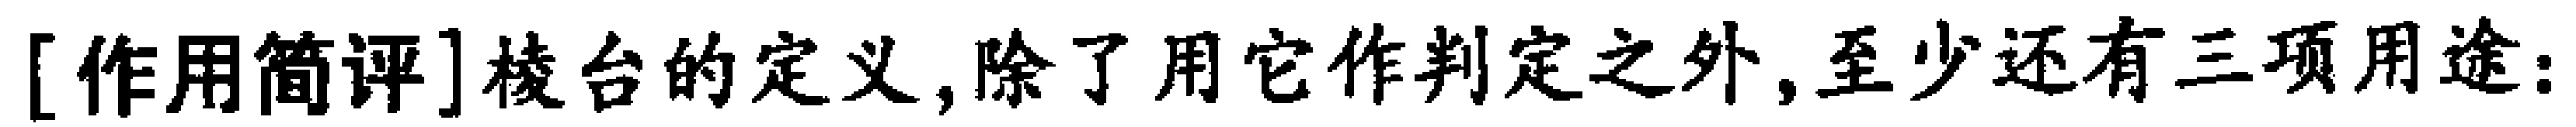
[作用简评]棱台的定义,除了用它作判定之外,至少还有三项用途: